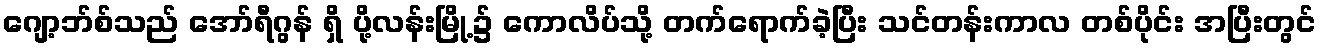
ဂျော့ဘ်စ်သည် အော်ရီဂွန် ရှိ ပို့လန်းမြို့၌ ကောလိပ်သို့ တက်ရောက်ခဲ့ပြီး သင်တန်းကာလ တစ်ပိုင်း အပြီးတွင်